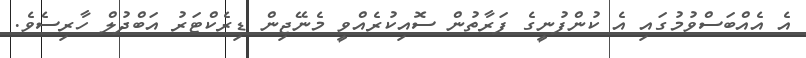
އެ އެއްބަސްވުމުގައި އެ ކުންފުނީގެ ފަރާތުން ސޮއިކުރެއްވީ މެނޭޖިން ޑިރެކްޓަރު އަބްދުލް ހާރިސެވެ.